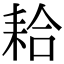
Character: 耠